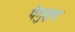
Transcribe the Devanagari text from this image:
पेगुइन